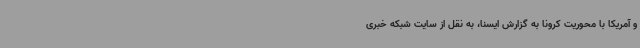
و آمریکا با محوریت کرونا به گزارش ایسنا، به نقل از سایت شبکه خبری